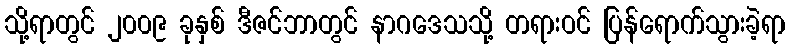
သို့ရာတွင် ၂၀၀၉ ခုနှစ် ဒီဇင်ဘာတွင် နာဂဒေသသို့ တရားဝင် ပြန်ရောက်သွားခဲ့ရာ